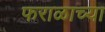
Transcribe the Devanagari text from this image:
फराळाच्या